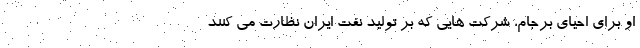
او برای احیای برجام، شرکت هایی که بر تولید نفت ایران نظارت می کنند